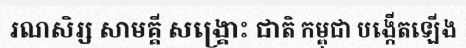
រណសិរ្ស សាមគ្គី សង្គ្រោះ ជាតិ កម្ពុជា បង្កើតឡើង